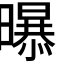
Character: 𭨃